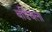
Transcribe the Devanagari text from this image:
बर्डिचला